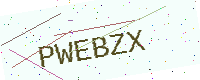
Text: PWEBZX